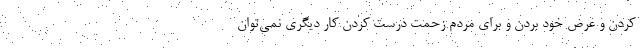
کردن و عرض خود بردن و برای مردم زحمت درست کردن کار دیگری نمی‌توان